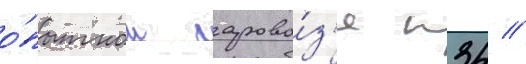
о́пытном парово́з'е п34 //